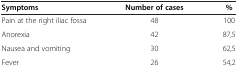
<table><thead><tr><td><b>Symptoms</b></td><td><b>Number of cases</b></td><td><b>%</b></td></tr></thead><tbody><tr><td>Pain at the right iliac fossa</td><td>48</td><td>100</td></tr><tr><td>Anorexia</td><td>42</td><td>87,5</td></tr><tr><td>Nausea and vomiting</td><td>30</td><td>62,5</td></tr><tr><td>Fever</td><td>26</td><td>54,2</td></tr></tbody></table>